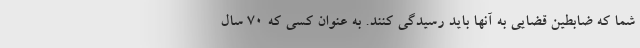
شما که ضابطین قضایی به آنها باید رسیدگی کنند. به عنوان کسی که 70 سال